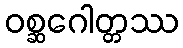
ဝစ္ဆဂေါတ္တဿ